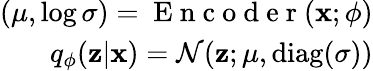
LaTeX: \begin{array}{r}{(\mathbf{\mu},\log\mathbf{\sigma})=\mathrm{~E~n~c~o~d~e~r~}(\mathbf{x};\mathbf{\phi})}\\ {q_{\phi}(\mathbf{z}|\mathbf{x})=\mathcal{N}(\mathbf{z};\mathbf{\mu},\operatorname{diag}(\mathbf{\sigma}))}\end{array}